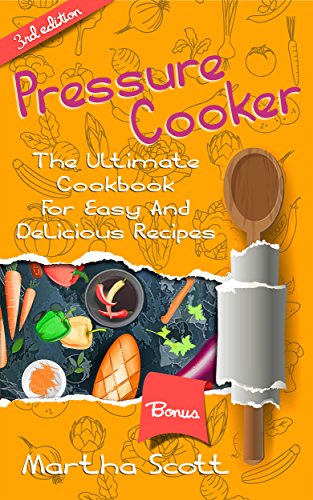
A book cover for PRESSURE COOKER: The Ultimate Cookbook for Easy and Delicious Recipes(FREE GREEN SMOOTHIE BONUS INCLUDED!) (Pressure cooker cookbook, pressure cooking, easy meals, soups, electric pressure cooking); Martha Scott; Cookbooks, Food & Wine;